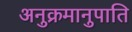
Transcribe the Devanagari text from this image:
अनुक्रमानुपाति